Vaccination in the Punjab 1883-1896 - 1883-1896
Year: 1883
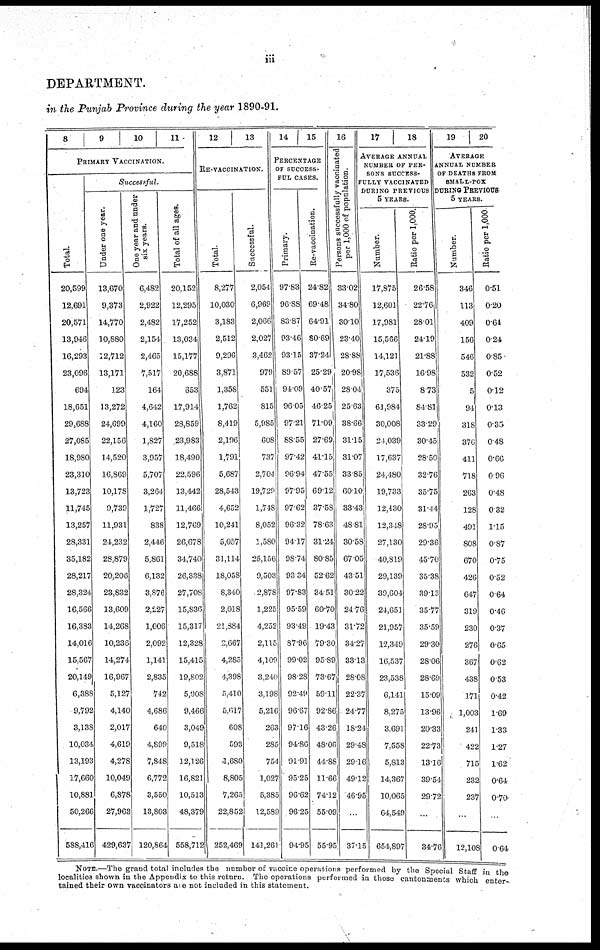
iii
DEPARTMENT.
in the Punjab Province during the year 1890-91.
8
9
10
11
PRIMARY VACCINATION.
Total.
20,599
12,691
20,571
13,946
16,293
23,096
694
18,651
29,688
27,085
18,980
23,310
13,723
11,745
13,257
28,331
35,182
28,217
28,324
16,566
16,383
14,016
15,567
20,149
6,388
9,792
3,13S
10,034
13,193
17,660
10,881
50,266
588,416
Successful.
Under one year.
13,670
9,373
14,770
10,880
12,712
13,171
123
13,272
24,699
22,156
14,520
16,869
10,178
9,739
11,931
24,232
28,879
20,206
23,832
13,609
14,268
10,236
14,274
16,967
5,127
4,140
2,017
4,619
4,278
10,049
6,878
27,963
429,637
One year ana under
six years.
6,482
2,922
2,482
2,154
2,465
7,517
164
4,642
4,160
1,827
3,957
5,707
3,264
1,727
838
2,446
5,861
6,132
3,876
2,227
1,006
2,092
1,141
2,835
742
4,686
640
4,899
7,848
6,772
3,550
13,803
120,864
Total of all ages.
20,152
12,295
17,252
13,034
15,177
20,688
653
17,914
28,859
23,983
18,490
22,596
13,442
11,466
12,769
26,678
34,740
26,338
27,708
15,836
15,317
12,328
15,415
19,802
5,908
9,466
3,049
9,518
12,126
16,821
10,513
48,379
558,712
12
13
RE-VACCINATION.
Total.
8,277
10,030
3,183
2,512
9,296
3,871
1,358
1,762
8,419
2,196
1,791
5,687
28,543
4,652
10,241
5,057
31,114
18,058
8,340
2,018
21,884
2,667
4,285
4,398
5,410
5,617
608
593
1,680
8,805
7,265
22,852
252,469
Successful.
2,054
6,969
2,066
2,027
3,462
979
551
815
5,985
608
737
2,704
19,729
1,748
8,052
1,580
25,156
9,503
2,878
1,225
4,252
2,115
4,109
3,240
3,198
5,216
263
285
754
1,027
5,385
12,589
141,261
14
15
PERCENTAGE
OF SUCCESS-
FUL CASES.
Primary.
97.83
96.88
83.87
93.46
93.15
89.57
94.09
96.05
97.21
88.55
97.42
96.94
97.95
97.62
96.32
94.17
98.74
93.34
97.83
95.59
93.49
87.96
99.02
98.28
92.49
96.67
97.16
94.86
91.91
95.25
96.62
96.25
94 95
Re-vaccination.
24.82
69.48
64.91
80.69
37.24
25.29
40.57
46.25
71.09
27.69
41.15
47.55
69.12
37.58
78.63
31.24
80.85
52.62
34,51
60.70
19.43
79.30
95.89
73.67
59.11
92.86
43.26
48.06
44.88
11.66
74.12
55.09
55 95
16
Persons sucessfully vaccinated
per 1,000 of population.
33.02
34.80
30.10
23.40
28.88
20.98
28.04
25.63
38.66
31.15
31.07
33.85
60.10
33.43
48.81
30.58
67.05
43.51
30.22
24.76
31.72
34.27
33.13
28.08
22.37
24.77
18.24
29.48
29.16
49.12
46.95
...
37.15
17
18
AVERAGE ANNUAL
NUMBER OF PER-
SONS SUCCESS-
FULLY VACCINATED
DURING PREVIOUS
5 YEARS.
Number.
17,875
12,601
17,981
15,566
14,121
17,536
375
61,984
30,008
24,039
17,637
24,480
19,733
12,430
12,348
27,130
40,819
29,139
39,604
24,651
21,957
12,349
16,537
23,538
6,141
8,275
3,691
7,558
5,813
14,367
10,065
64,549
654.897
Ratio per 1,000.
26.58
22.76
28.01
24.19
21.88
16.98
8.73
84.81
33.29
30.45
28.50
32.76
35.75
31.44
28.95
29.36
45.70
35.38
39.13
35.77
35.59
29.30
28.06
28.69
15.09
13.96
20.33
22.73
13.16
39.54
29.72
...
34.76
19
20
AVERAGE
ANNUAL NUMBER
OF DEATHS FROM
SMALL-POX
DURING PREVIOUS
5 YEARS.
Number.
346
113
409
156
546
532
5
94
318
376
411
718
263
128
491
808
670
426
647
319
230
276
367
438
171
1,003
241
422
715
232
237
...
12,108
Ratio per 1,000
0.51
0.20
0.64
0.24
0.85
0.52
0.12
0.13
0.35
0.48
0.66
0.96
0.48
0.32
1.15
8.87
0.75
0.52
0.64
0.46
0.37
0.65
0.62
0.53
0.42
1.69
1.33
1.27
1.62
0.64
0.70
...
0 64
NOTE —The grand total includes the number of v accine operations performed by the Special Staff in the
localities shown in the Appendix to this return. The operations performed in those cantonments which enter-
tained their own vaccinators are not included in this statement.